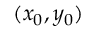
( x _ { 0 } , y _ { 0 } )